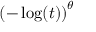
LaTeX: \left( - \log ( t ) \right) ^ { \theta }